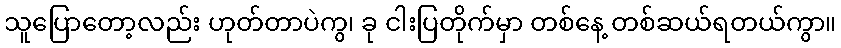
သူပြောတော့လည်း ဟုတ်တာပဲကွ၊ ခု ငါးပြတိုက်မှာ တစ်နေ့ တစ်ဆယ်ရတယ်ကွာ။